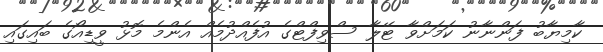
ކާމިޔާބު ފަންނާނު ކަމަށްވާ ޓޭލާ ސްވިފްޓްގެ އުފެއްދުމެއް އެންމެ މޮޅު ވީޑިއޯގެ ބައިގައި